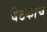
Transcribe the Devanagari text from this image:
बैठकांचे